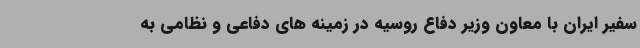
سفیر ایران با معاون وزیر دفاع روسیه در زمینه های دفاعی و نظامی به